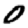
Digit: 0